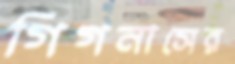
গিগনাসের